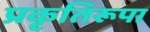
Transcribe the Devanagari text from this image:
प्रकृतिरूपा